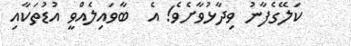
ކަލޭގެފާނު ވިދާޅުވާށެވެ! އެ  ބާވައިލެއްވީ އުޑުތަކާއި